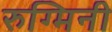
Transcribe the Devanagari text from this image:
रुग्मिनी